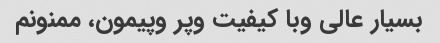
بسیار عالی وبا کیفیت وپر وپیمون، ممنونم